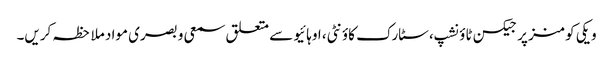
ویکی کومنز پر جیکسن ٹاؤنشپ، سٹارک کاؤنٹی، اوہائیو سے متعلق سمعی و بصری مواد ملاحظہ کریں۔